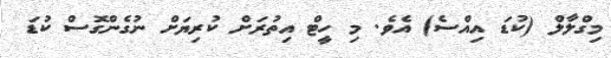
މިގްލާލް (ކުޑަ އިއްސެ) އެވެ. މި ހީޓް އިތުރަށް ކުރިޔަށް ނުގެންގޮސް ކުޑަ